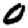
Digit: 0